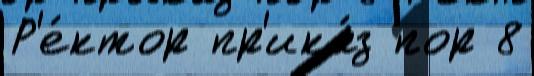
Р'е́ктор пр'ика́з пор 8